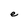
Character: e